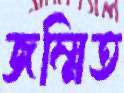
জম্মিত